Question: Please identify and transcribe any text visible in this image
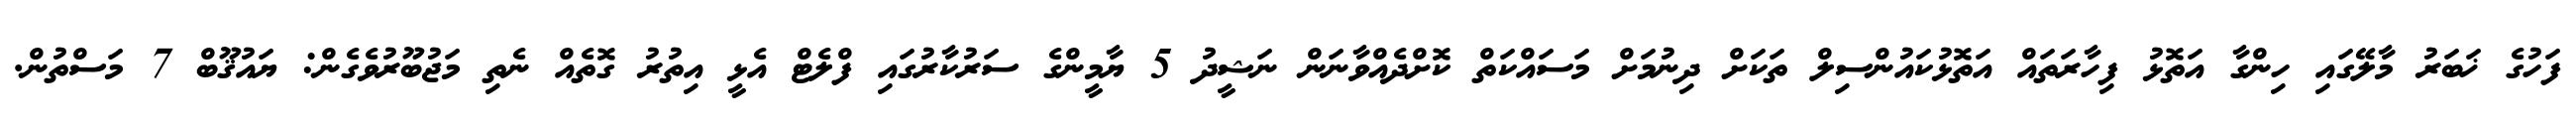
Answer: ފަހުގެ ޚަބަރު މާލޭގައި ހިންގާ އަތޮޅު ފިހާރަތައް އަތޮޅުކައުންސިލް ތަކަށް ދިނުމަށް މަސައްކަތް ކޮށްދެއްވާނަން ނަޝީދު 5 ޔާމީންގެ ސަރުކާރުގައި ފްލެޓް އެޅީ އިތުރު ގޮތެއް ނެތި މަޖުބޫރުވެގެން: ޔައުޤޫބް 7 މަސްތުން.